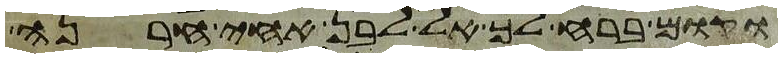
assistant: וקום ברח לך אל לבן אחי חרנה